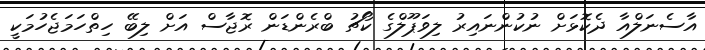
އާސެނަލްއާ ދެކޮޅަށް ނުކުންނައިރު ލިވަޕޫލްގެ ކޯޗު ބްރެންޑަން ރޮޖާސް އަށް ލިބޭ ހިތްހަމަޖެހުމަކީ